Annual administration report of the Civil Veterinary Department of India - 1908-1909
Year: 1908
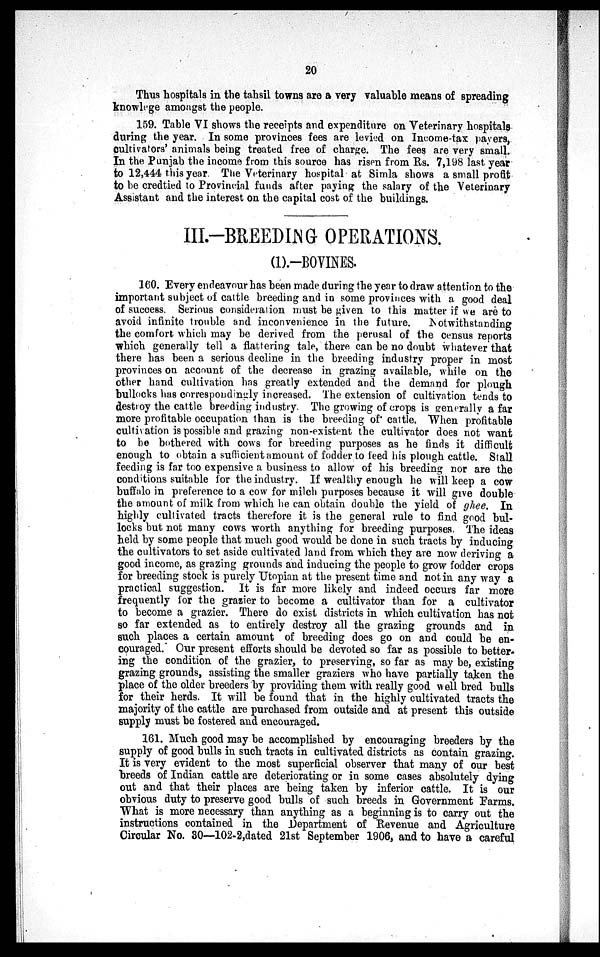
20
Thus hospitals in the tahsil towns are a very valuable means of spreading
knowlege amongst the people.
159. Table VI shows the receipts and expenditure on Veterinary hospitals
during the year. In some provinces fees are levied on Income-tax payers,
cultivators' animals being treated free of charge. The fees are very small.
In the Punjab the income from this source has risen from Rs. 7,198 last year
to 12,444 this year. The Veterinary hospital at Simla shows a small profit
to be credtied to Provincial funds after paying the salary of the Veterinary
Assistant and the interest on the capital cost of the buildings.
III.-BREEDING OPERATIONS.
(1).-BOVINES.
160. Every endeavour has been made during the year to draw attention to the
important subject of cattle breeding and in some provinces with a good deal
of success. Serious consideration must be given to this matter if we are to
avoid infinite trouble and inconvenience in the future.
Notwithstanding
the comfort which may be derived from the perusal of the census reports
which generally tell a flattering tale, there can be no doubt whatever that
there has been a serious decline in the breeding industry proper in most
provinces on account of the decrease in grazing available, while on the
other hand cultivation has greatly extended and the demand for plough
bullocks has correspondingly increased. The extension of cultivation tends to
destroy the cattle breeding industry. The growing of crops is generally a far
more profitable occupation than is the breeding of cattle. When profitable
cultivation is possible and grazing non-existent the cultivator does not want
to be bothered with cows for breeding purposes as he finds it difficult
enough to obtain a sufficient amount of fodder to feed his plough cattle. Stall
feeding is far too expensive a business to allow of his breeding nor are the
conditions suitable for the industry. If wealthy enough he will keep a cow
buffalo in preference to a cow for milch purposes because it will give double
the amount of milk from which he can obtain double the yield of ghee. In
highly cultivated tracts therefore it is the general rule to find good bul-
locks but not many cows worth anything for breeding purposes. The ideas
held by some people that much good would be done in such tracts by inducing
the cultivators to set aside cultivated land from which they are now deriving a
good income, as grazing grounds and inducing the people to grow fodder crops
for breeding stock is purely Utopian at the present time and not in any way a
practical suggestion. It is far more likely and indeed occurs far more
frequently for the grazier to become a cultivator than for a cultivator
to become a grazier. There do exist districts in which cultivation has not
so far extended as to entirely destroy all the grazing grounds and in
such places a certain amount of breeding does go on and could be en-
couraged. Our present efforts should be devoted so far as possible to better-
ing the condition of the grazier, to preserving, so far as may be, existing
grazing grounds, assisting the smaller graziers who have partially taken the
place of the older breeders by providing them with really good well bred bulls
for their herds. It will be found that in the highly cultivated tracts the
majority of the cattle are purchased from outside and at present this outside
supply must be fostered and encouraged.
161. Much good may be accomplished by encouraging breeders by the
supply of good bulls in such tracts in cultivated districts as contain grazing.
It is very evident to the most superficial observer that many of our best
breeds of Indian cattle are deteriorating or in some cases absolutely dying
out and that their places are being taken by inferior cattle. It is our
obvious duty to preserve good bulls of such breeds in Government Farms.
What is more necessary than anything as a beginning is to carry out the
instructions contained in the Department of Revenue and Agriculture
Circular No. 30—102-2,dated 21st September 1906, and to have a careful